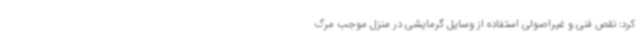
کرد: نقص فنی و غیراصولی استفاده از وسایل گرمایشی در منزل موجب مرگ